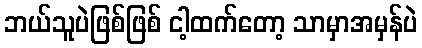
ဘယ်သူပဲဖြစ်ဖြစ် ငါ့ထက်တော့ သာမှာအမှန်ပဲ